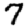
Digit: 7